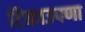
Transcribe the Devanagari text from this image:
टिकाउपणा